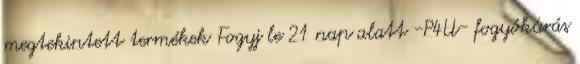
megtekintett termékek Fogyj le 21 nap alatt -P4U- fogyókúrás